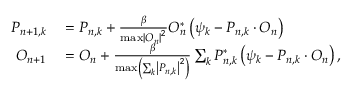
\begin{array} { r l } { P _ { n + 1 , k } } & { { } = P _ { n , k } + \frac { \beta } { \operatorname* { m a x } \left| O _ { n } \right| ^ { 2 } } O _ { n } ^ { * } \left( \psi _ { k } - P _ { n , k } \cdot O _ { n } \right) } \\ { O _ { n + 1 } } & { { } = O _ { n } + \frac { \beta } { \operatorname* { m a x } \left( \sum _ { k } \left| P _ { n , k } \right| ^ { 2 } \right) } \sum _ { k } P _ { n , k } ^ { * } \left( \psi _ { k } - P _ { n , k } \cdot O _ { n } \right) , } \end{array}